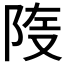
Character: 𲉑